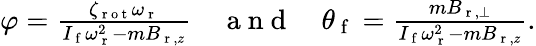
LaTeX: \begin{array}{r}{\varphi=\frac{\zeta_{\mathrm{~r~o~t~}}\omega_{\mathrm{~r~}}}{I_{\mathrm{~f~}}\omega_{\mathrm{~r~}}^{2}-mB_{\mathrm{~r~},z}}\quad\mathrm{~a~n~d~}\quad\theta_{\mathrm{~f~}}=\frac{mB_{\mathrm{~r~},\perp}}{I_{\mathrm{~f~}}\omega_{\mathrm{~r~}}^{2}-mB_{\mathrm{~r~},z}}.}\end{array}